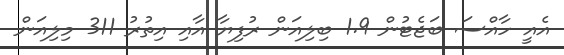
އެއީ ހާއްސަ ބަޖެޓުން 1.9 ބިލިއަން ރުފިޔާ އާއި އިތުރު 311 މިލިއަން